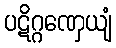
ပဋိဂ္ဂဏှေယျံ